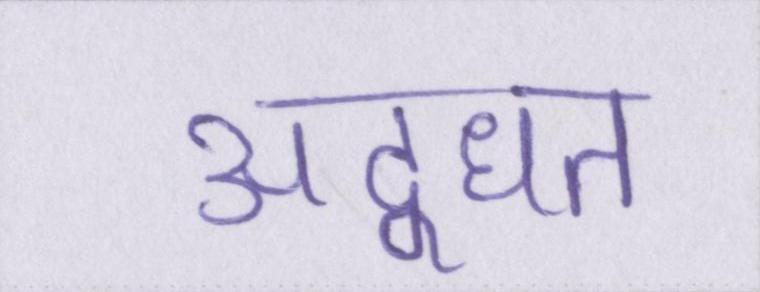
उद्धृत